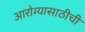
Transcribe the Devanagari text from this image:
आरोग्यासाठीची